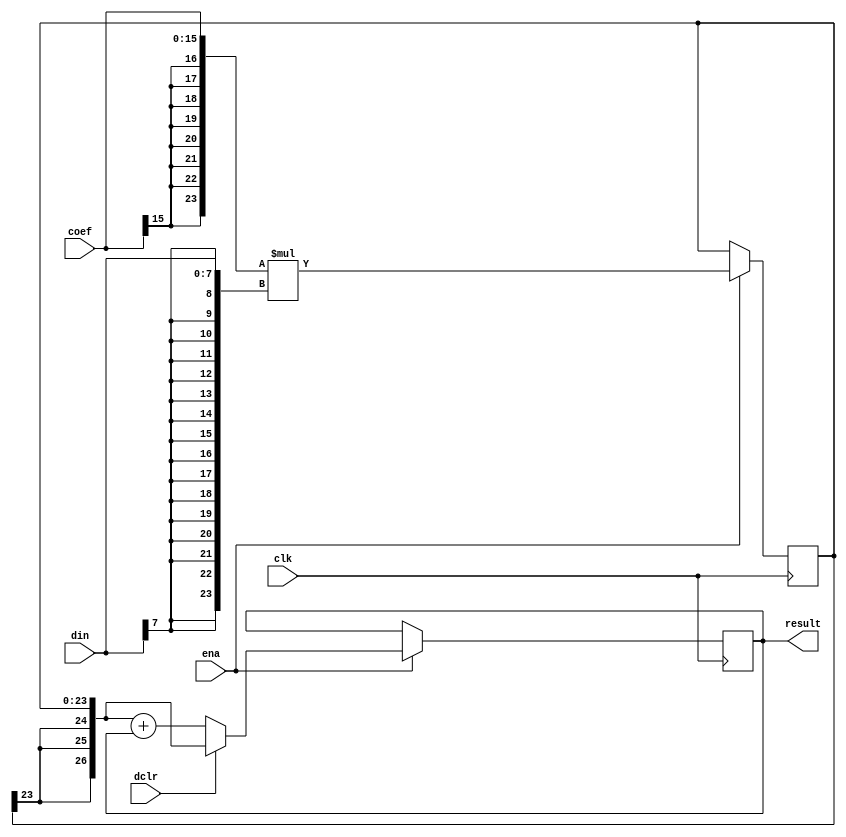
module dct_mac(clk, ena, dclr, din, coef, result);

	//
	// parameters
	//
	parameter dwidth = 8;
	parameter cwidth = 16;
	parameter mwidth = dwidth + cwidth;  // multiplier result
	parameter rwidth = mwidth +3;        // add 3 bits for growth

	//
	// inputs & outputs
	//
	input               clk;    // clock input
	input               ena;    // clock enable
	input               dclr;   // start new mac (delayed 1 cycle)
	input  [dwidth-1:0] din;    // data input
	input  [cwidth-1:0] coef;   // coefficient input
	output [rwidth-1:0] result; // mac-result
	reg [rwidth -1:0] result;

	//
	// variables
	//
	wire [mwidth-1:0] idin;
	wire [mwidth-1:0] icoef;

	reg  [mwidth -1:0] mult_res /* synthesis syn_multstyle="block_mult" syn_pipeline=1*/ ;
	wire [rwidth -1:0] ext_mult_res;


	//
	// module body
	//
	assign icoef = { {(mwidth-cwidth){coef[cwidth-1]}}, coef};
	assign idin  = { {(mwidth-dwidth){din[dwidth-1]}}, din};

	// generate multiplier structure
	always @(posedge clk)
	  if(ena)
	    mult_res <= #1 icoef * idin;

	assign ext_mult_res = { {3{mult_res[mwidth-1]}}, mult_res};

	// generate adder structure
	always @(posedge clk)
	  if(ena)
	    if(dclr)
	      result <= #1 ext_mult_res;
	    else
	      result <= #1 ext_mult_res + result;
endmodule